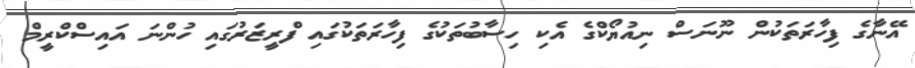
އޭނާގެ ފިހާރަތަކުން ނޫނަސް ނިއުޔޯކްގެ އެކި ހިސާބުތަކުގެ ފިހާރަތަކުގައި ފްރީޒަރުގައި ހުންނަ އައިސްކްރީމް